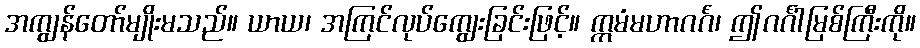
အကျွန်တော်မျိုးမသည်။ ယာယ၊ အကြင်လုပ်ကျွေးခြင်းဖြင့်။ ဣမံမဟာဂင်္ဂံ၊ ဤဂင်္ဂါမြစ်ကြီးကို။